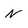
Character: n